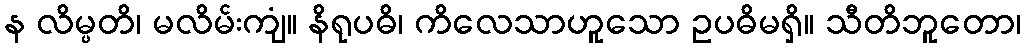
န လိမ္ပတိ၊ မလိမ်းကျံ။ နိရုပဓိ၊ ကိလေသာဟူသော ဥပဓိမရှိ။ သီတိဘူတော၊